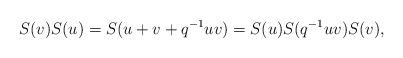
LaTeX: \begin{align*}S(v) S(u) = S(u+v+q^{-1} u v) = S(u) S(q^{-1} u v) S(v) ,\end{align*}